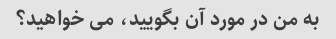
به من در مورد آن بگویید، می خواهید؟